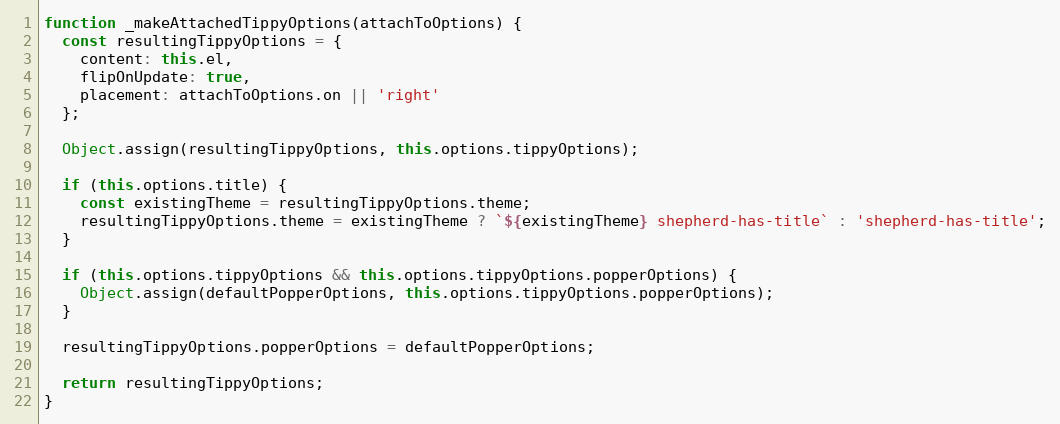
Language: JavaScript
function _makeAttachedTippyOptions(attachToOptions) {
  const resultingTippyOptions = {
    content: this.el,
    flipOnUpdate: true,
    placement: attachToOptions.on || 'right'
  };

  Object.assign(resultingTippyOptions, this.options.tippyOptions);

  if (this.options.title) {
    const existingTheme = resultingTippyOptions.theme;
    resultingTippyOptions.theme = existingTheme ? `${existingTheme} shepherd-has-title` : 'shepherd-has-title';
  }

  if (this.options.tippyOptions && this.options.tippyOptions.popperOptions) {
    Object.assign(defaultPopperOptions, this.options.tippyOptions.popperOptions);
  }

  resultingTippyOptions.popperOptions = defaultPopperOptions;

  return resultingTippyOptions;
}